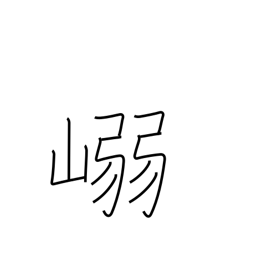
Meaning: mountain pass